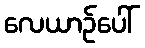
လေယာဉ်ပေါ်